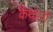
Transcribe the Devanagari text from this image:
कैथोली